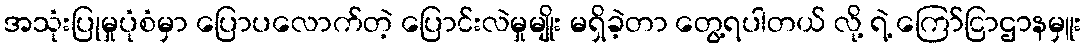
အသုံးပြုမှုပုံစံမှာ ပြောပလောက်တဲ့ ပြောင်းလဲမှုမျိုး မရှိခဲ့တာ တွေ့ရပါတယ် လို့ ရဲ့ ကြော်ငြာဌာနမှူး